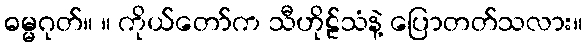
ဓမ္မဂုတ်။ ။ ကိုယ်တော်က သီဟိုဠ်သံနဲ့ ပြောတတ်သလား။